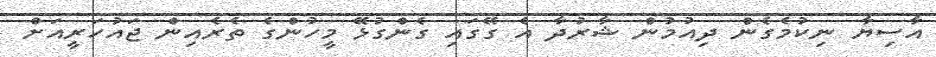
އާސިޔާ ނިކުމެގެން ދިއުމުން ޝާރުދާ އެ ގޭގައި ގެންގުޅޭ މީހުންގެ ތެރެއިން ޖައުހަރީއަށް